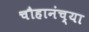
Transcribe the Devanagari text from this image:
चौहानंच्या